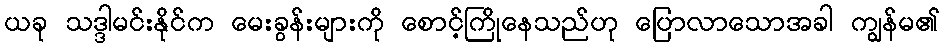
ယခု သဒ္ဒါမင်းနိုင်က မေးခွန်းများကို စောင့်ကြိုနေသည်ဟု ပြောလာသောအခါ ကျွန်မ၏